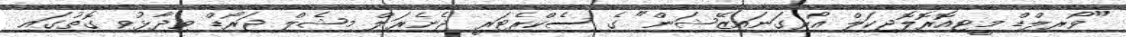
"ވޯރލްޑް މީޓިއޮރޮލޮޖިކަލް އޯރގަނައިޒޭޝަން" ގެ ސެކްރެޓަރީ ޖެނެރަލް މިޝެލް ޖަރޯޑް ވިދާޅުވި ގޮތުގައި